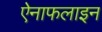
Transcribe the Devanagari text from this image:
ऐनाफलाइन